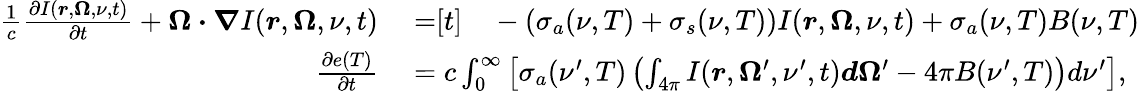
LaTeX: \begin{array}{rl}{\frac{1}{c}\frac{\partial I(\boldsymbol{r},\boldsymbol{\Omega},\nu,t)}{\partial t}+\boldsymbol{\Omega\cdot\nabla}I(\boldsymbol{r},\boldsymbol{\Omega},\nu,t)}&{{}=\begin{array}{rl}{[t]}&{{}-(\sigma_{a}(\nu,T)+\sigma_{s}(\nu,T))I(\boldsymbol{r},\boldsymbol{\Omega},\nu,t)+\sigma_{a}(\nu,T)B(\nu,T)}\end{array}}\\ {\frac{\partial e(T)}{\partial t}}&{{}=c\int_{0}^{\infty}\left[\sigma_{a}(\nu^{\prime},T)\left(\int_{4\pi}I(\boldsymbol{r},\boldsymbol{\Omega}^{\prime},\nu^{\prime},t)\boldsymbol{d\Omega}^{\prime}-4\pi B(\nu^{\prime},T)\right)d\nu^{\prime}\right],}\end{array}